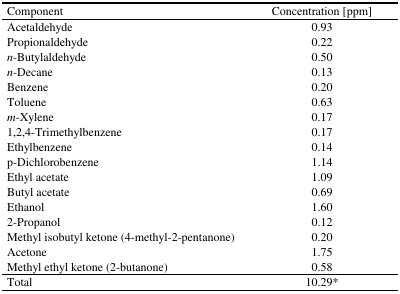
<table><thead><tr><td><b>Component</b></td><td><b>Concentration [ppm]</b></td></tr></thead><tbody><tr><td>Acetaldehyde</td><td>0.93</td></tr><tr><td>Propionaldehyde</td><td>0.22</td></tr><tr><td><i>n</i>-Butylaldehyde</td><td>0.50</td></tr><tr><td><i>n</i>-Decane</td><td>0.13</td></tr><tr><td>Benzene</td><td>0.20</td></tr><tr><td>Toluene</td><td>0.63</td></tr><tr><td><i>m</i>-Xylene</td><td>0.17</td></tr><tr><td>1,2,4-Trimethylbenzene</td><td>0.17</td></tr><tr><td>Ethylbenzene</td><td>0.14</td></tr><tr><td>p-Dichlorobenzene</td><td>1.14</td></tr><tr><td>Ethyl acetate</td><td>1.09</td></tr><tr><td>Butyl acetate</td><td>0.69</td></tr><tr><td>Ethanol</td><td>1.60</td></tr><tr><td>2-Propanol</td><td>0.12</td></tr><tr><td>Methyl isobutyl ketone (4-methyl-2-pentanone)</td><td>0.20</td></tr><tr><td>Acetone</td><td>1.75</td></tr><tr><td>Methyl ethyl ketone (2-butanone)</td><td>0.58</td></tr><tr><td>Total</td><td>10.29*</td></tr></tbody></table>